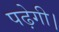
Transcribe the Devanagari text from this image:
पढ़ेगी।